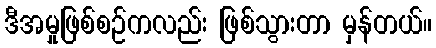
ဒီအမှုဖြစ်စဉ်ကလည်း ဖြစ်သွားတာ မှန်တယ်။